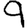
Digit: 9